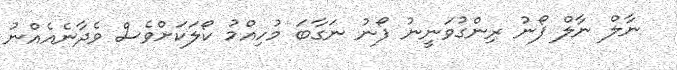
ނާލް ނާލް ފޯނު ރިންގުވަނީނު ފޯނު ނަގާބަ މުހިއްމު ކޯލަކަށްވެސް ވެދާނެއެއްނު